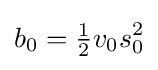
b_{0}={\tfrac {1}{2}}v_{0}s_{0}^{2}